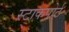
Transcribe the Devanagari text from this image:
स्टाकपोर्ट